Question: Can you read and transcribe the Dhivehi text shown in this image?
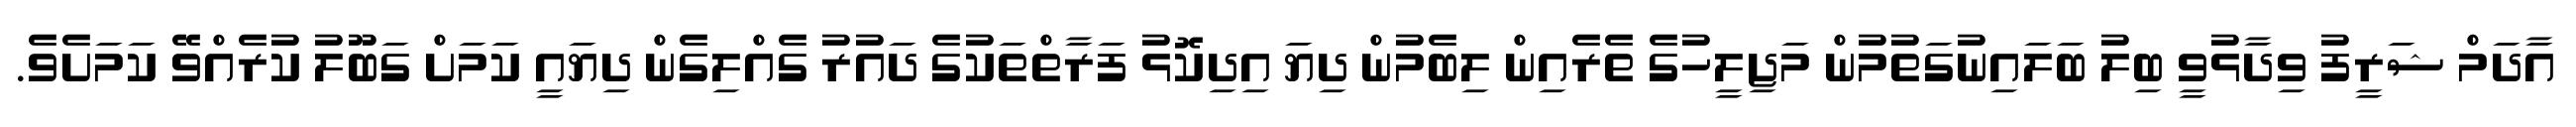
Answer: އާދަމް ޝަރީފު ވިދާޅުވީ ބިލު ބަލައިނުގަތުމުން މަޖިލީހުގެ ތެރެއިން ލިބެމުން ދިޔަ އިދިކޮޅު ފަރާތްތަކުގެ ދައުރު ގެއްލިގެން ދިޔައީ ކަމަށް ގަބޫލު ކުރެއްވޭ ކަމަށެވެ.